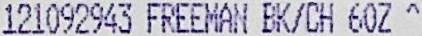
121092943 FREEMAN BK/CH 60Z ^